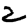
Digit: 2